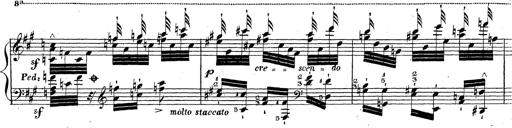
Title: Grande fantaisie sur la tyrolienne de l'opÃ©ra
Composer: Franz Liszt
Key: A major